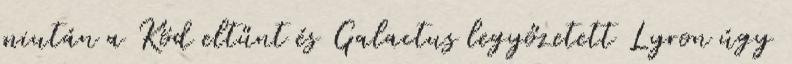
miután a Köd eltűnt és Galactus legyőzetett Lyron úgy